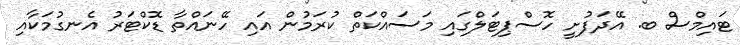
ޓައިމްސް ބ. އޭދަފުށީ ހޮސްޕިޓަލްގައި މަސައްކަތް ކުރަމުން އައި ހޭނައްތާ ޑޮކްޓަރު އެނގުމަކާއި